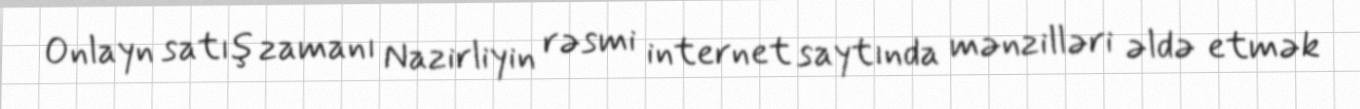
Onlayn satış zamanı Nazirliyin rəsmi internet saytında mənzilləri əldə etmək